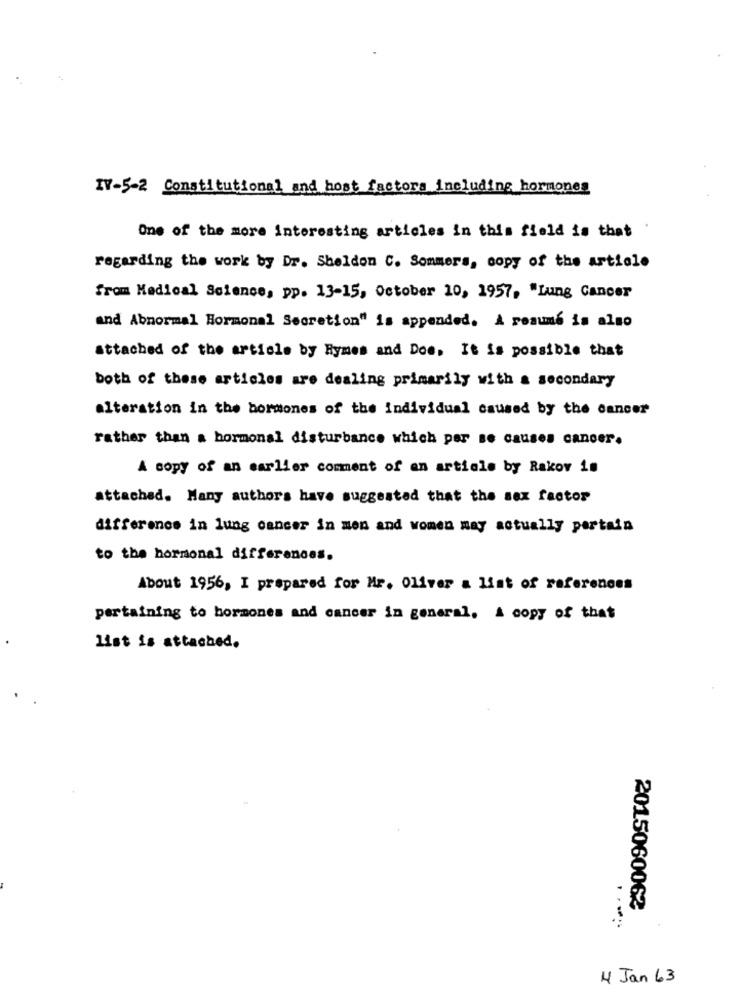
IV-5-2 Constitutional and host factors including hormones
One of the more interesting articles in this field is that
regarding the work by Dr. Sheldon C. Sommers, copy of the article
from Medical Science, pp. 13-15, October 10, 1957, "Lung Cancer
and Abnormal Hormonal Secretion" is appended. A resume is also
attached of the article by Rymes and Doe. It is possible that
both of these articles are dealing primarily with a secondary
alteration in the hormones of the individual caused by the cancer
rather than a hormonal disturbance which par se causes cancer.
A copy of an earlier comment of an article by Rakov is
attached. Many authors have suggested that the sex factor
difference in lung cancer in men and women may actually partain
to the hormonal differences.
About 1956, I prepared for Mr. Oliver a list of references
pertaining to hormones and cancer in general, A copy of that
list is attached.
2015060062
4 Jan 63